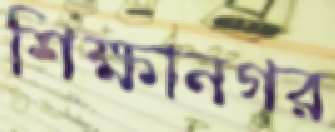
শিক্ষানগর